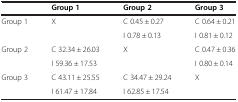
|  | Group 1 | Group 2 | Group 3 |
 | --- | --- | --- | --- |
 | <ROWSPAN=2> Group 1 | X | C 0.45 ± 0.27 | C 0.64 ± 0.21 |
 |  | I 0.78 ± 0.13 | I 0.81 ± 0.12 |
 | <ROWSPAN=2> Group 2 | C 32.34 ± 26.03 | X | C 0.47 ± 0.36 |
 | I 59.36 ± 17.53 |  | I 0.80 ± 0.14 |
 | <ROWSPAN=2> Group 3 | C 43.11 ± 25.55 | C 34.47 ± 29.24 | <ROWSPAN=2> X |
 | I 61.47 ± 17.84 | I 62.85 ± 17.54 |